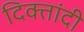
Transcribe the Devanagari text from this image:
दिक्तांदी